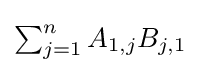
\textstyle \sum _{j=1}^{n}A_{1,j}B_{j,1}